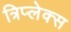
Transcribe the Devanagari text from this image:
त्रिप्लेक्स